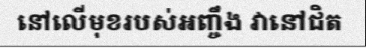
នៅលើមុខរបស់អញ្ចឹង វានៅជិត